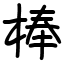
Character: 棒